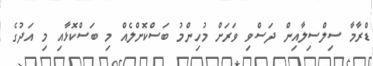
ޑްރާމާ ސިލްސިލާއިން ދަސްވި ވަރަށް މުހިންމު ބަސްކޮށްލެއް މި ބަސްކޮޅާއި މި އަދުގެ